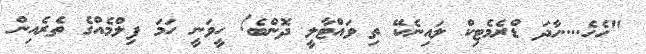
"ހެހެ....ހާދަ ޑްރެމެޓިކް ލައިނެކޭ ތި ވައްޓާލީ ދޮންބެ! ހީވަނީ ހަމަ ފިލްމެއްގެ ތެރެއިން